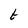
Character: t